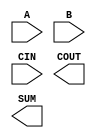
module sky130_fd_sc_hd__fa (
    //# {{data|Data Signals}}
    input  A   ,
    input  B   ,
    input  CIN ,
    output COUT,
    output SUM
);

    // Voltage supply signals
    supply1 VPWR;
    supply0 VGND;
    supply1 VPB ;
    supply0 VNB ;

endmodule